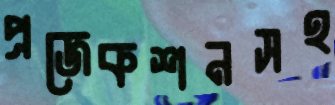
প্রজেকশনসহ